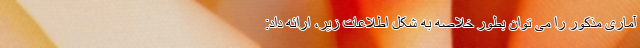
آماری مذکور را می توان بطور خلاصه به شکل اطلاعات زیر، ارائه داد: